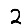
Digit: 2